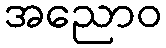
အညောဝ